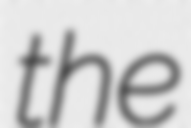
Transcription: the